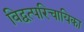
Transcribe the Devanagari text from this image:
विद्वत्परिचायिका